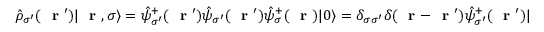
\hat { \rho } _ { \sigma ^ { \prime } } ( \mathrm { ~ \bf ~ r ~ } ^ { \prime } ) | \mathrm { ~ \bf ~ r ~ } , \sigma \rangle = \hat { \psi } _ { \sigma ^ { \prime } } ^ { + } ( \mathrm { ~ \bf ~ r ~ } ^ { \prime } ) \hat { \psi } _ { \sigma ^ { \prime } } ( \mathrm { ~ \bf ~ r ~ } ^ { \prime } ) \hat { \psi } _ { \sigma } ^ { + } ( \mathrm { ~ \bf ~ r ~ } ) | 0 \rangle = \delta _ { \sigma \sigma ^ { \prime } } \delta ( \mathrm { ~ \bf ~ r ~ } - \mathrm { ~ \bf ~ r ~ } ^ { \prime } ) \hat { \psi } _ { \sigma ^ { \prime } } ^ { + } ( \mathrm { ~ \bf ~ r ~ } ^ { \prime } ) | 0 \rangle = \delta _ { \sigma \sigma ^ { \prime } } \delta ( \mathrm { ~ \bf ~ r ~ } - \mathrm { ~ \bf ~ r ~ } ^ { \prime } ) | \mathrm { ~ \bf ~ r ~ } , \sigma \rangle